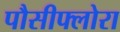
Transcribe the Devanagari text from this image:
पौसीफ्लोरा